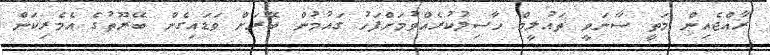
ރާއްޖެއިން މަތީ ސާނަވީ ތައުލީމް ހާސިލުކުރެއްވުމަށްފަހު ގައުމުން ބޭރަށް ވަޑައިގެން ބޭރޫތުގެ އެމެރިކަން